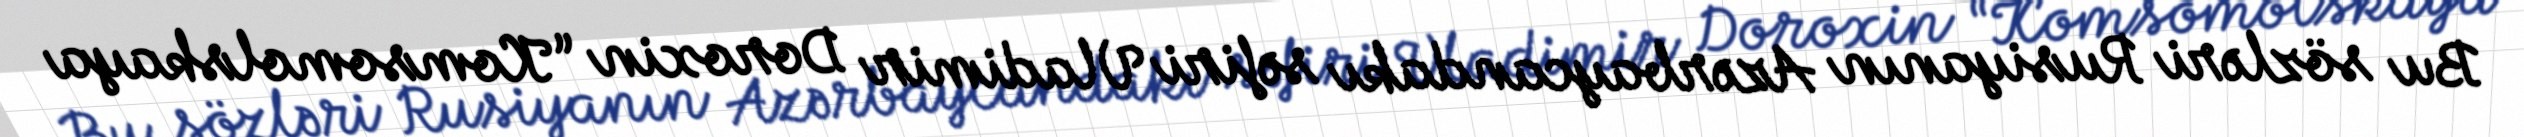
Bu sözləri Rusiyanın Azərbaycandakı səfiri Vladimir Doroxin “Komsomolskaya